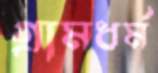
গ্রামধর্ম